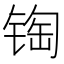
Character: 𰾏